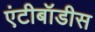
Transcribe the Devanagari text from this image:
एंटीबॉडीस